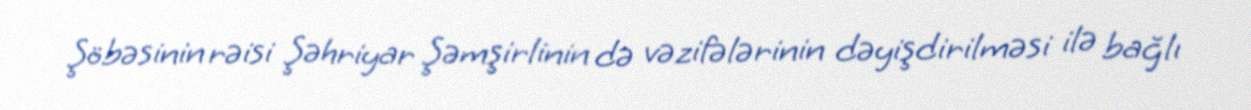
Şöbəsinin rəisi Şəhriyar Şəmşirlinin də vəzifələrinin dəyişdirilməsi ilə bağlı